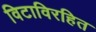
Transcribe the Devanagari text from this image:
विटाविरहित